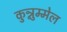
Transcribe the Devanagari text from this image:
कुन्नुम्मेल